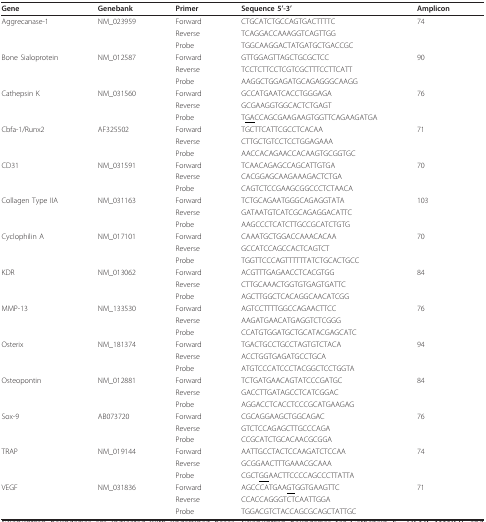
<table><thead><tr><td><b>Gene</b></td><td><b>Genebank</b></td><td><b>Primer</b></td><td><b>Sequence 5&#x27;-3&#x27;</b></td><td><b>Amplicon</b></td></tr></thead><tbody><tr><td>Aggrecanase-1</td><td>NM_023959</td><td>Forward</td><td>CTGCATCTGCCAGTGACTTTTC</td><td>74</td></tr><tr><td></td><td></td><td>Reverse</td><td>TCAGGACCAAAGGTCAGTTGG</td><td></td></tr><tr><td></td><td></td><td>Probe</td><td>TGGCAAGGACTATGATGCTGACCGC</td><td></td></tr><tr><td>Bone Sialoprotein</td><td>NM_012587</td><td>Forward</td><td>GTTGGAGTTAGCTGCGCTCC</td><td>90</td></tr><tr><td></td><td></td><td>Reverse</td><td>TCCTCTTCCTCGTCGCTTTCCTTCATT</td><td></td></tr><tr><td></td><td></td><td>Probe</td><td>AAGGCTGGAGATGCAGAGGGCAAGG</td><td></td></tr><tr><td>Cathepsin K</td><td>NM_031560</td><td>Forward</td><td>GCCATGAATCACCTGGGAGA</td><td>76</td></tr><tr><td></td><td></td><td>Reverse</td><td>GCGAAGGTGGCACTCTGAGT</td><td></td></tr><tr><td></td><td></td><td>Probe</td><td>T<underline>GA</underline>CCAGCGAAGAAGTGGTTCAGAAGATGA</td><td></td></tr><tr><td>Cbfa-1/Runx2</td><td>AF325502</td><td>Forward</td><td>TGCTTCATTCGCCTCACAA</td><td>71</td></tr><tr><td></td><td></td><td>Reverse</td><td>CTTGCTGTCCTCCTGGAGAAA</td><td></td></tr><tr><td></td><td></td><td>Probe</td><td>AACCACAGAACCACAAGTGCGGTGC</td><td></td></tr><tr><td>CD31</td><td>NM_031591</td><td>Forward</td><td>TCAACAGAGCCAGCATTGTGA</td><td>70</td></tr><tr><td></td><td></td><td>Reverse</td><td>CACGGAGCAAGAAAGACTCTGA</td><td></td></tr><tr><td></td><td></td><td>Probe</td><td>CAGTCTCCGAAGCGGCCCTCTAACA</td><td></td></tr><tr><td>Collagen Type IIA</td><td>NM_031163</td><td>Forward</td><td>TCTGCAGAATGGGCAGAGGTATA</td><td>103</td></tr><tr><td></td><td></td><td>Reverse</td><td>GATAATGTCATCGCAGAGGACATTC</td><td></td></tr><tr><td></td><td></td><td>Probe</td><td>AAGCCCTCATCTTGCCGCATCTGTG</td><td></td></tr><tr><td>Cyclophilin A</td><td>NM_017101</td><td>Forward</td><td>CAAATGCTGGACCAAACACAA</td><td>70</td></tr><tr><td></td><td></td><td>Reverse</td><td>GCCATCCAGCCACTCAGTCT</td><td></td></tr><tr><td></td><td></td><td>Probe</td><td>TGGTTCCCAGTTTTTTATCTGCACTGCC</td><td></td></tr><tr><td>KDR</td><td>NM_013062</td><td>Forward</td><td>ACGTTTGAGAACCTCACGTGG</td><td>84</td></tr><tr><td></td><td></td><td>Reverse</td><td>CTTGCAAACTGGTGTGAGTGATTC</td><td></td></tr><tr><td></td><td></td><td>Probe</td><td>AGCTTGGCTCACAGGCAACATCGG</td><td></td></tr><tr><td>MMP-13</td><td>NM_133530</td><td>Forward</td><td>AGTCCTTTTGGCCAGAACTTCC</td><td>76</td></tr><tr><td></td><td></td><td>Reverse</td><td>AAGATGAACATGAGGTCTCGGG</td><td></td></tr><tr><td></td><td></td><td>Probe</td><td>CCATGTGGATGCTGCATACGAGCATC</td><td></td></tr><tr><td>Osterix</td><td>NM_181374</td><td>Forward</td><td>TGACTGCCTGCCTAGTGTCTACA</td><td>94</td></tr><tr><td></td><td></td><td>Reverse</td><td>ACCTGGTGAGATGCCTGCA</td><td></td></tr><tr><td></td><td></td><td>Probe</td><td>ATGTCCCATCCCTACGGCTCCTGGTA</td><td></td></tr><tr><td>Osteopontin</td><td>NM_012881</td><td>Forward</td><td>TCTGATGAACAGTATCCCGATGC</td><td>84</td></tr><tr><td></td><td></td><td>Reverse</td><td>GACCTTGATAGCCTCATCGGAC</td><td></td></tr><tr><td></td><td></td><td>Probe</td><td>AGGACCTCACCTCCCGCATGAAGAG</td><td></td></tr><tr><td>Sox-9</td><td>AB073720</td><td>Forward</td><td>CGCAGGAAGCTGGCAGAC</td><td>76</td></tr><tr><td></td><td></td><td>Reverse</td><td>GTCTCCAGAGCTTGCCCAGA</td><td></td></tr><tr><td></td><td></td><td>Probe</td><td>CCGCATCTGCACAACGCGGA</td><td></td></tr><tr><td>TRAP</td><td>NM_019144</td><td>Forward</td><td>AATTGCCTACTCCAAGATCTCCAA</td><td>74</td></tr><tr><td></td><td></td><td>Reverse</td><td>GCGGAACTTTGAAACGCAAA</td><td></td></tr><tr><td></td><td></td><td>Probe</td><td>CGCT<underline>GG</underline>AACTTCCCCAGCCCTTATTA</td><td></td></tr><tr><td>VEGF</td><td>NM_031836</td><td>Forward</td><td>AGCCCATGAA<underline>GT</underline>GGTGAAGTTC</td><td>71</td></tr><tr><td></td><td></td><td>Reverse</td><td>CCACCAGGGTCTCAATTGGA</td><td></td></tr><tr><td></td><td></td><td>Probe</td><td>TGGACGTCTACCAGCGCAGCTATTGC</td><td></td></tr></tbody></table>